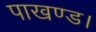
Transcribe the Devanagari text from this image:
पाखण्ड।